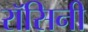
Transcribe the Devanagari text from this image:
रॉसिनी